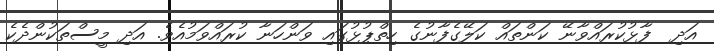
އަދި  ފާޅުކުރައްވާނޭ ކަންތައް ކަލޭގެފާނުގެ ހިތްޕުޅުގައި ވަންހަނާ ކުރައްވަމުއެވެ. އަދި މީސްތަކުންދެކެ